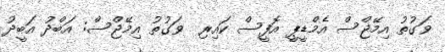
ވަގުތު އިމޭޖްސް އެމްޑީޕީ އޮފީސް ކައިރި  ވަގުތު އިމޭޖްސް: އަބްދު އަބީދު